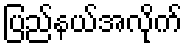
ပြည်နယ်အလိုက်